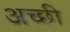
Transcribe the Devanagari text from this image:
अच्छी